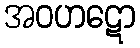
အဝဟဋော